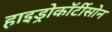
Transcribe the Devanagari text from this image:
हाइड्रोकॉर्टीसोन